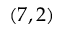
( 7 , 2 )